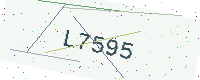
Text: L7595